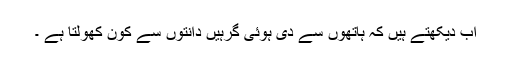
اب دیکھتے ہیں کہ ہاتھوں سے دی ہوئی گرہیں دانتوں سے کون کھولتا ہے ۔